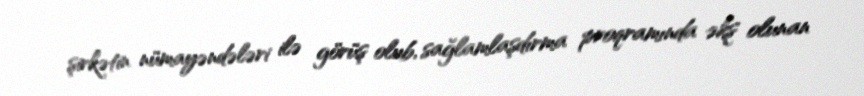
şirkətin nümayəndələri ilə görüş olub, sağlamlaşdırma proqramında əks olunan